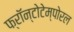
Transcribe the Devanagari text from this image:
फ्रॉन्टोटेम्पोरल